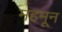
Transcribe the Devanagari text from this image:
महमून